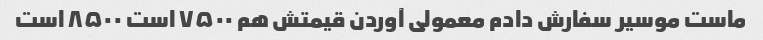
ماست موسیر سفارش دادم معمولی آوردن قیمتش هم ۷۵۰۰ است ۸۵۰۰ است